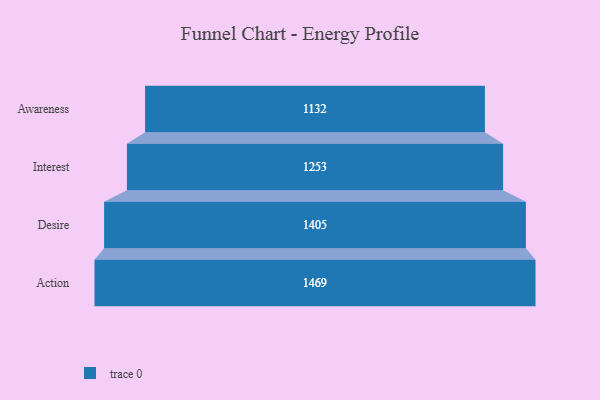
{"axis": {"x": "Stage", "y": "Value"}, "legend": [""], "data": [{"x": "Awareness", "y": 1132.0, "type": ""}, {"x": "Interest", "y": 1253.0, "type": ""}, {"x": "Desire", "y": 1405.0, "type": ""}, {"x": "Action", "y": 1469.0, "type": ""}]}